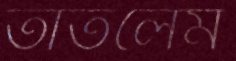
তাতলেম